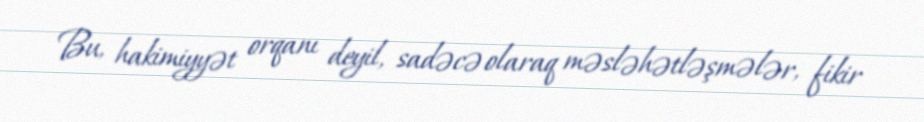
Bu, hakimiyyət orqanı deyil, sadəcə olaraq məsləhətləşmələr, fikir